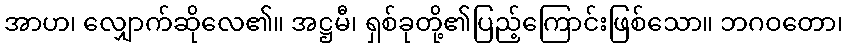
အာဟ၊ လျှောက်ဆိုလေ၏။ အဋ္ဌမီ၊ ရှစ်ခုတို့၏ပြည့်ကြောင်းဖြစ်သော။ ဘဂဝတော၊